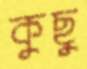
কুছু